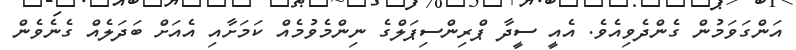
އަންގަވަމުން ގެންދެވިއެވެ. އެއީ ސީދާ ޕްރިންސިޕަލްގެ ނިންމެވުމެއް ކަމަށާއި އެއަށް ބަދަލެއް ގެނެވެން